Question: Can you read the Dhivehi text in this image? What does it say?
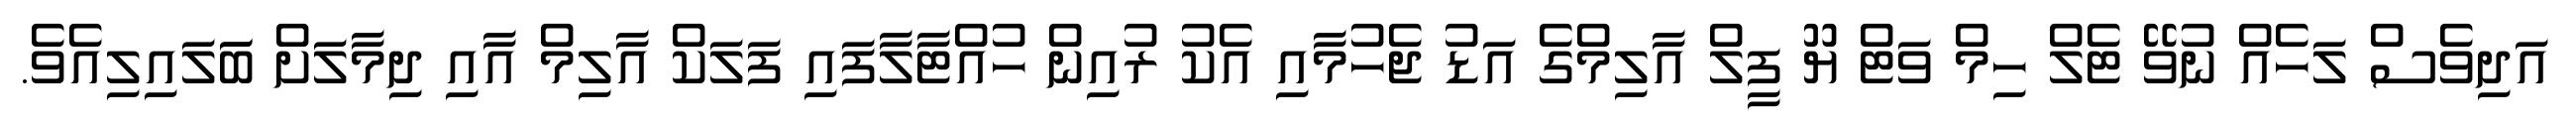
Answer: އަދިވެސް ލަހެއް ނުވޭ ޓެލް ހިމް ވަޓް ޔޫ ފީލް އާލިމްގެ އަޑު ޖެހުމާއި އެކު ރުއިން ހުއްޓާލާފައި ފަލަކް އާލިމް އާއި ދިމާލަށް ބަަލައިލިއެވެ.